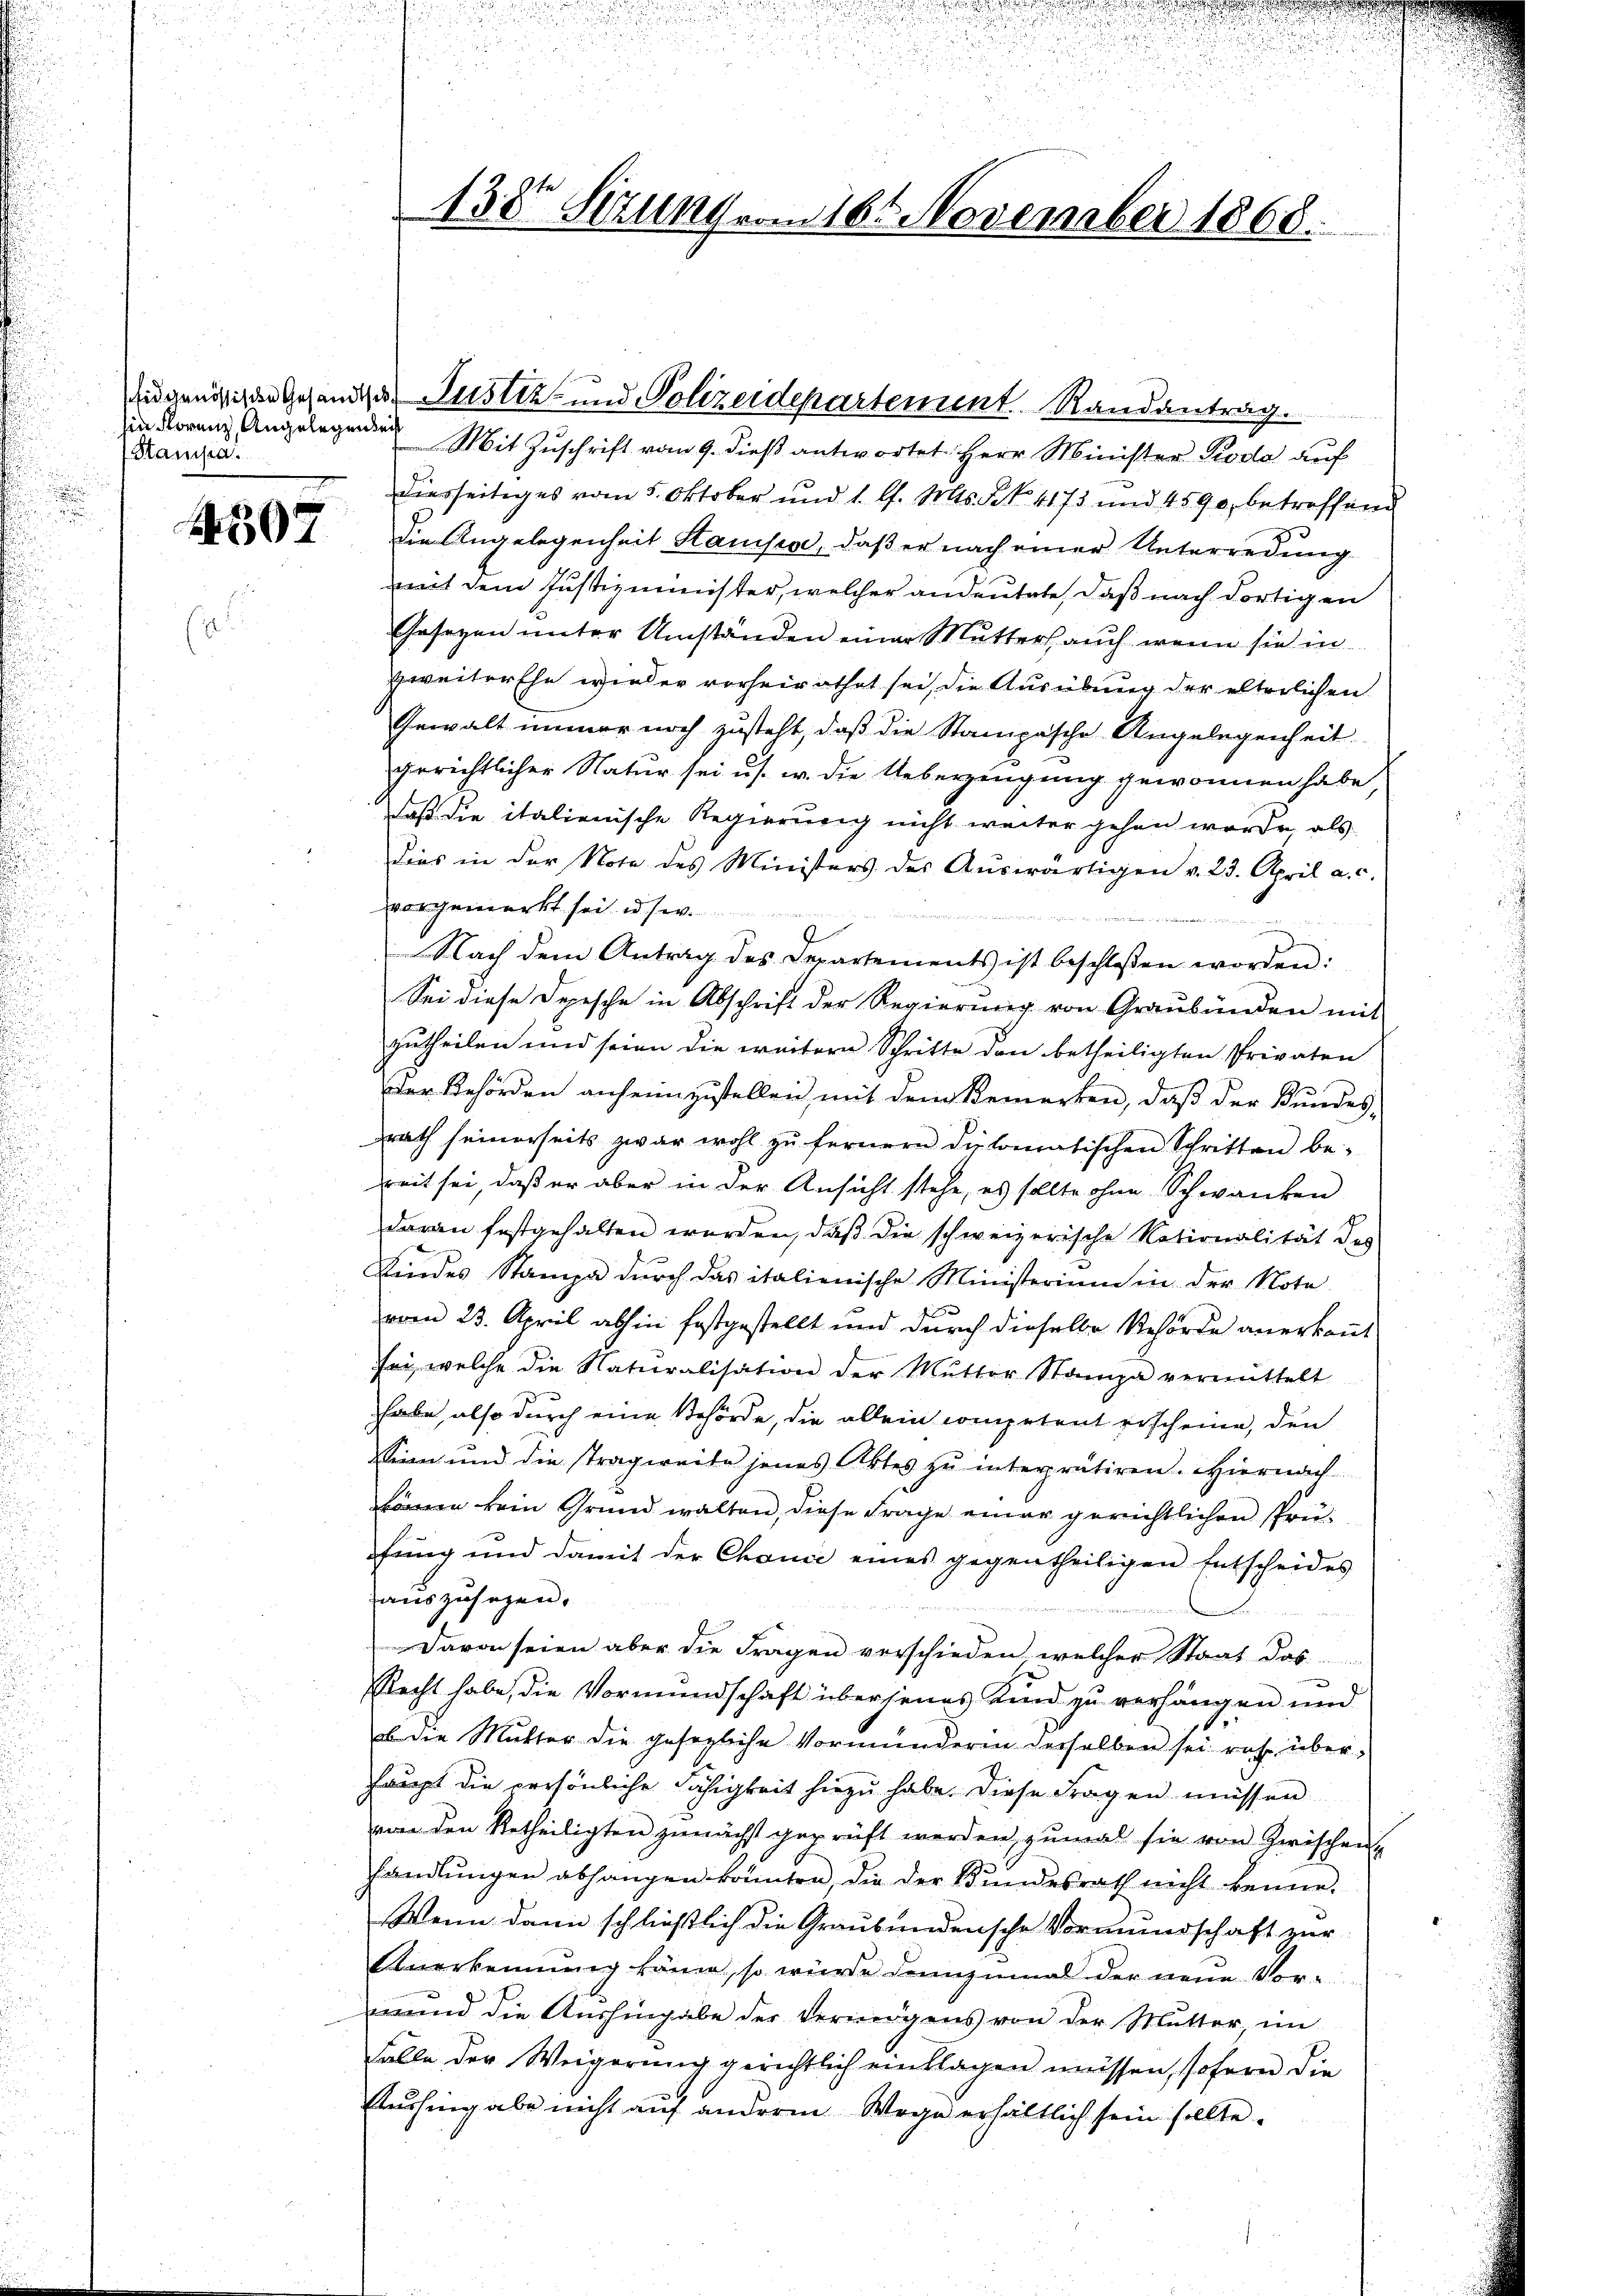
in Storenz, Angelegenden
Stampa.

4507

138 Setzung vom 16. November 1868.

Mit Zuschrift vom 9. dieß antwortet. Herr Minister Koda auf
dierseitiges vom 5. Oktober und 1. l. Mts. No. 4173 und 4590, betreffend
die Angelegenheit Stanisis, daß er nach einer Unterredung
mit dem Justizminister, welcher andeutete, daß nach dortigen
Gesezen unter Umständen einer Mutters auch wenn sie in
zweiter Ehe wieder vorheirathet sei, die Ausübung der elterlichen
Gewalt immer noch zusteht, daß die Stampasche Angelegenheit
gerichtlicher Natur sei u.s. w. die Ueberzingung gewonnen habe,
Daß die italienische Regierung nicht weiter gehen werde, als
Dies in der Note des Ministers des Aŭswärtigen v. 23. April a. c.
vorgemerkt sei u. se
d
Nach dem Antrag des Departements ist beschlossen worden:
Sei diese Depesche in Abschrift der Regierŭng von Graubünden mit
zutheilen und seien die weiteren Schritte den betheiligten Privaten
Der Behörden anheimzustellen, mit dem Bemerken, daß der Bundes-
rath seinerseits zwar wohl zu fernern diplomatischen Schritten be-
heit sei, daß er aber in der Ansicht stehe, es sollte ohne Schwanken
daran festgehalten werden, daß die schweizerische Nationalität des
Kindes Stampa durch das italienische Ministerium in der Nota
vom 23. April abhin festgestellt und durch dieselbe Behörde anerkannt
sei, welche die Naturalisation der Mutter Stampa vermittelt
habe, also durch eine Behörde, die allein competent erscheine, den
Sinn und die stragweite jenes Aktes zu interpretiren. Hiernach
könne kein Grund walten, diese Frage einer gerichtlichen Prüfung und damit der Chanić eines gegentheiligen Entscheides
auszusagen.
atta
Davon seien aber die Fragen verschieden, welcher Staat das
Recht habe, die Vormundschaft übersenes Kind zu verhängen und
ob die Mutter die gesezliche Vormunderen derselben sei ruhe über-
haupt die persönliche Fähigkeit hiezu habe. Diese Fragen müssen
von den Retheiligten zunächst geprüft werden, zumal sie von Zwischen
handlŭngen abhangen könnten die der Bŭndesrath nicht kenne.
Wenn dann schließlich die Graubündensche Vormundschaft zur
Anerkennung käme, so würde dannzumal der neue Vormund die Aushingabe der Vermögens von der Mutter, im
Fälle der Weigerung gerichtlich einklagen müssen, sofern die
Aushing aber nicht auf anderm Wege erhältlich sein sollte.

idgenößischen Gesandter Justiz- und Polizeidepartement Randantrag.